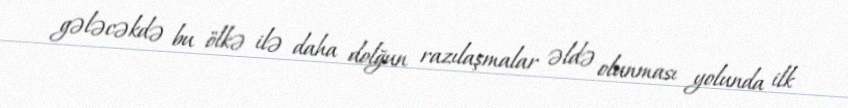
gələcəkdə bu ölkə ilə daha dolğun razılaşmalar əldə olunması yolunda ilk